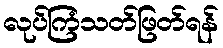
လုပ်ကြံသတ်ဖြတ်ရန်